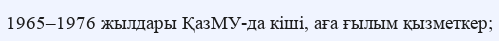
1965–1976 жылдары ҚазМУ-да кіші, аға ғылым қызметкер;